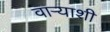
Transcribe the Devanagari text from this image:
वाऱ्याशी